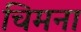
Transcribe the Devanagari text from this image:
चिमना